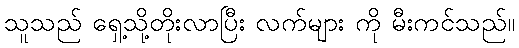
သူသည် ရှေ့သို့တိုးလာပြီး လက်များ ကို မီးကင်သည်။